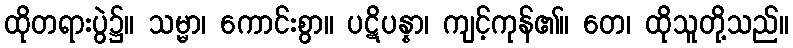
ထိုတရားပွဲ၌။ သမ္မာ၊ ကောင်းစွာ။ ပဋိပန္နာ၊ ကျင့်ကုန်၏။ တေ၊ ထိုသူတို့သည်။